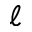
\ell